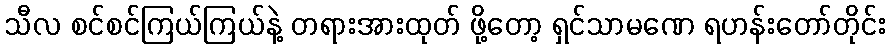
သီလ စင်စင်ကြယ်ကြယ်နဲ့ တရားအားထုတ် ဖို့တော့ ရှင်သာမဏေ ရဟန်းတော်တိုင်း